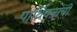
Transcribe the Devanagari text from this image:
पार्थियनांची